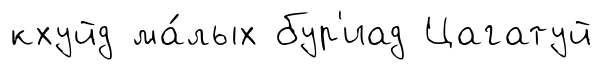
кхуйд ма́лых бур'иад Цагатуй